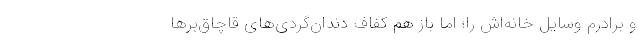
و برادرم وسایل خانه‌اش را؛ اما باز هم کفاف دندان‌گردی‌های قاچاق‌برها